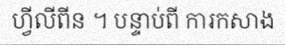
ហ្វីលីពីន ។ បន្ទាប់ពី ការកសាង